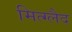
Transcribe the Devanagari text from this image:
मित्ग्लैद